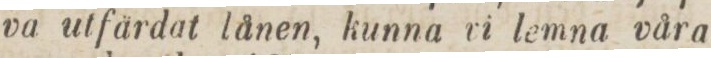
va utfärdat lånen, kunna vi lemna våra